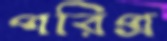
পরিপ্র